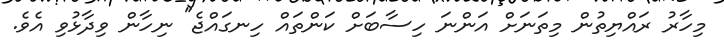
މިހާރު ރައްޔިތުން މިތަނަށް އަންނަ ހިސާބަށް ކަންތައް ހިނގައްޖެ" ނިހާން ވިދާޅުވި އެވެ.